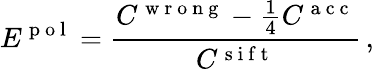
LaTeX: E^{\mathrm{~p~o~l~}}=\frac{C^{\mathrm{~w~r~o~n~g~}}-\frac{1}{4}C^{\mathrm{~a~c~c~}}}{C^{\mathrm{~s~i~f~t~}}}\, ,